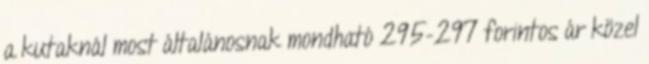
a kutaknál most általánosnak mondható 295-297 forintos ár közel